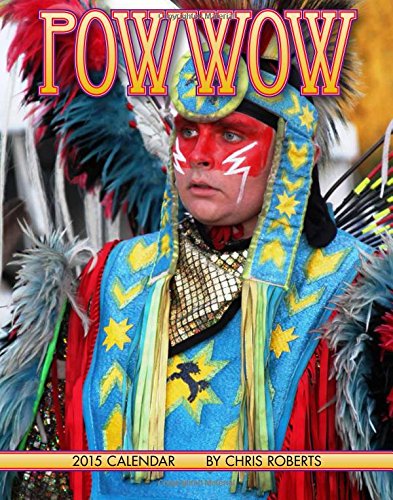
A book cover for Powwow 2015 Calendar (Native American); Chris Roberts; Calendars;